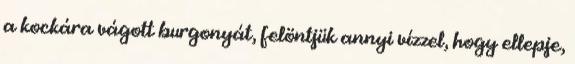
a kockára vágott burgonyát, felöntjük annyi vízzel, hogy ellepje,